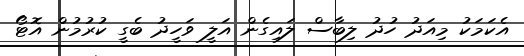
އެކަަމަކު މިއަދު ހުދު ލިބާސް ލައިގެން އަލީ ވަހީދު ބެގީ ކުރުމުން އޮޓޯ